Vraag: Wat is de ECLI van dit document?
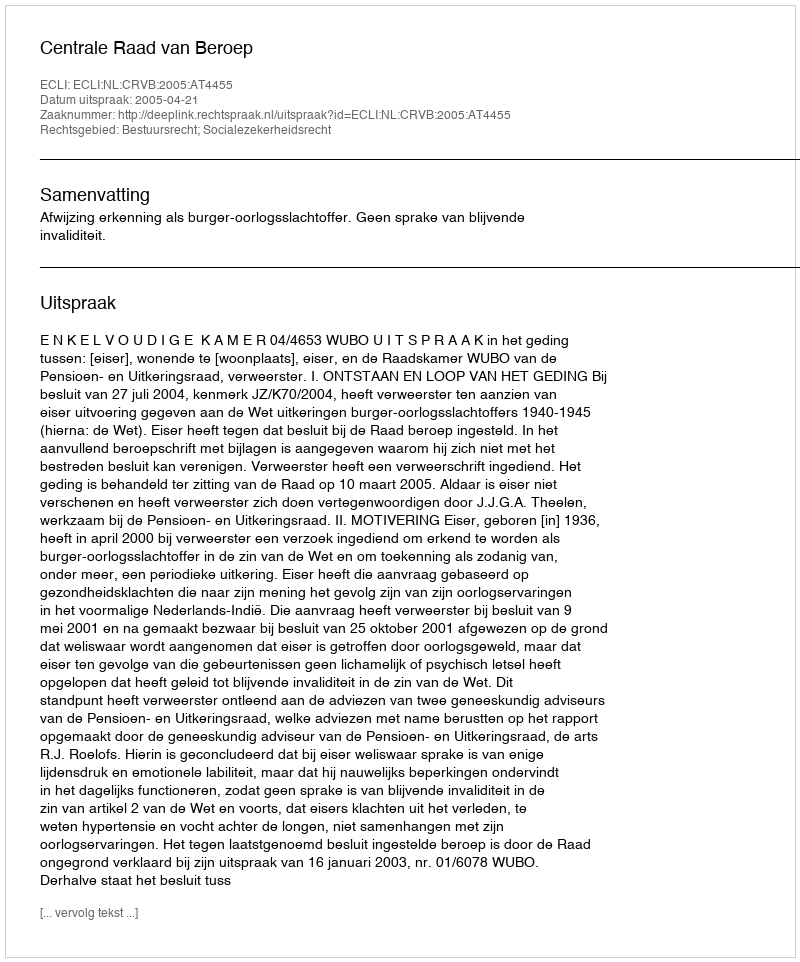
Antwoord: ECLI:NL:CRVB:2005:AT4455